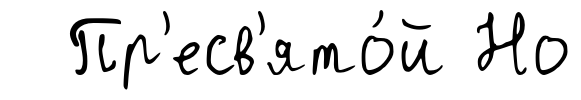
Пр'есв'ято́й Но